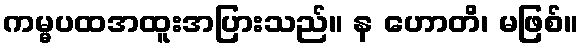
ကမ္မပထအထူးအပြားသည်။ န ဟောတိ၊ မဖြစ်။